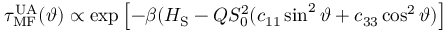
\tau _ { \mathrm { M F } } ^ { \mathrm { U A } } ( \vartheta ) \propto \exp \left[ - \beta ( H _ { \mathrm { S } } - Q S _ { 0 } ^ { 2 } ( c _ { 1 1 } \sin ^ { 2 } \vartheta + c _ { 3 3 } \cos ^ { 2 } \vartheta ) \right]